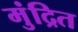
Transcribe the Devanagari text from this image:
मुंद्रित